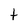
Character: t